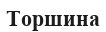
Торшина